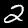
Label: 2